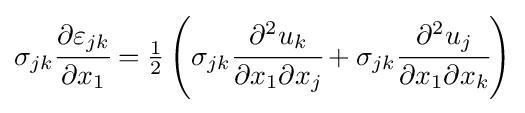
\sigma _{jk}{\cfrac {\partial \varepsilon _{jk}}{\partial x_{1}}}={\tfrac {1}{2}}\left(\sigma _{jk}{\cfrac {\partial ^{2}u_{k}}{\partial x_{1}\partial x_{j}}}+\sigma _{jk}{\cfrac {\partial ^{2}u_{j}}{\partial x_{1}\partial x_{k}}}\right)